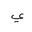
Letter: _ya